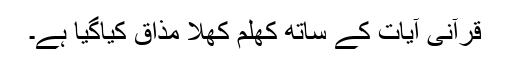
قرآنی آیات کے ساتھ کھلم کھلا مذاق کیاگیا ہے۔